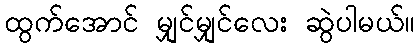
ထွက်အောင် မျှင်မျှင်လေး ဆွဲပါမယ်။